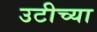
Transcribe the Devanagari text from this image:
उटीच्या